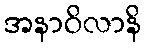
အနာဝိလာနိ